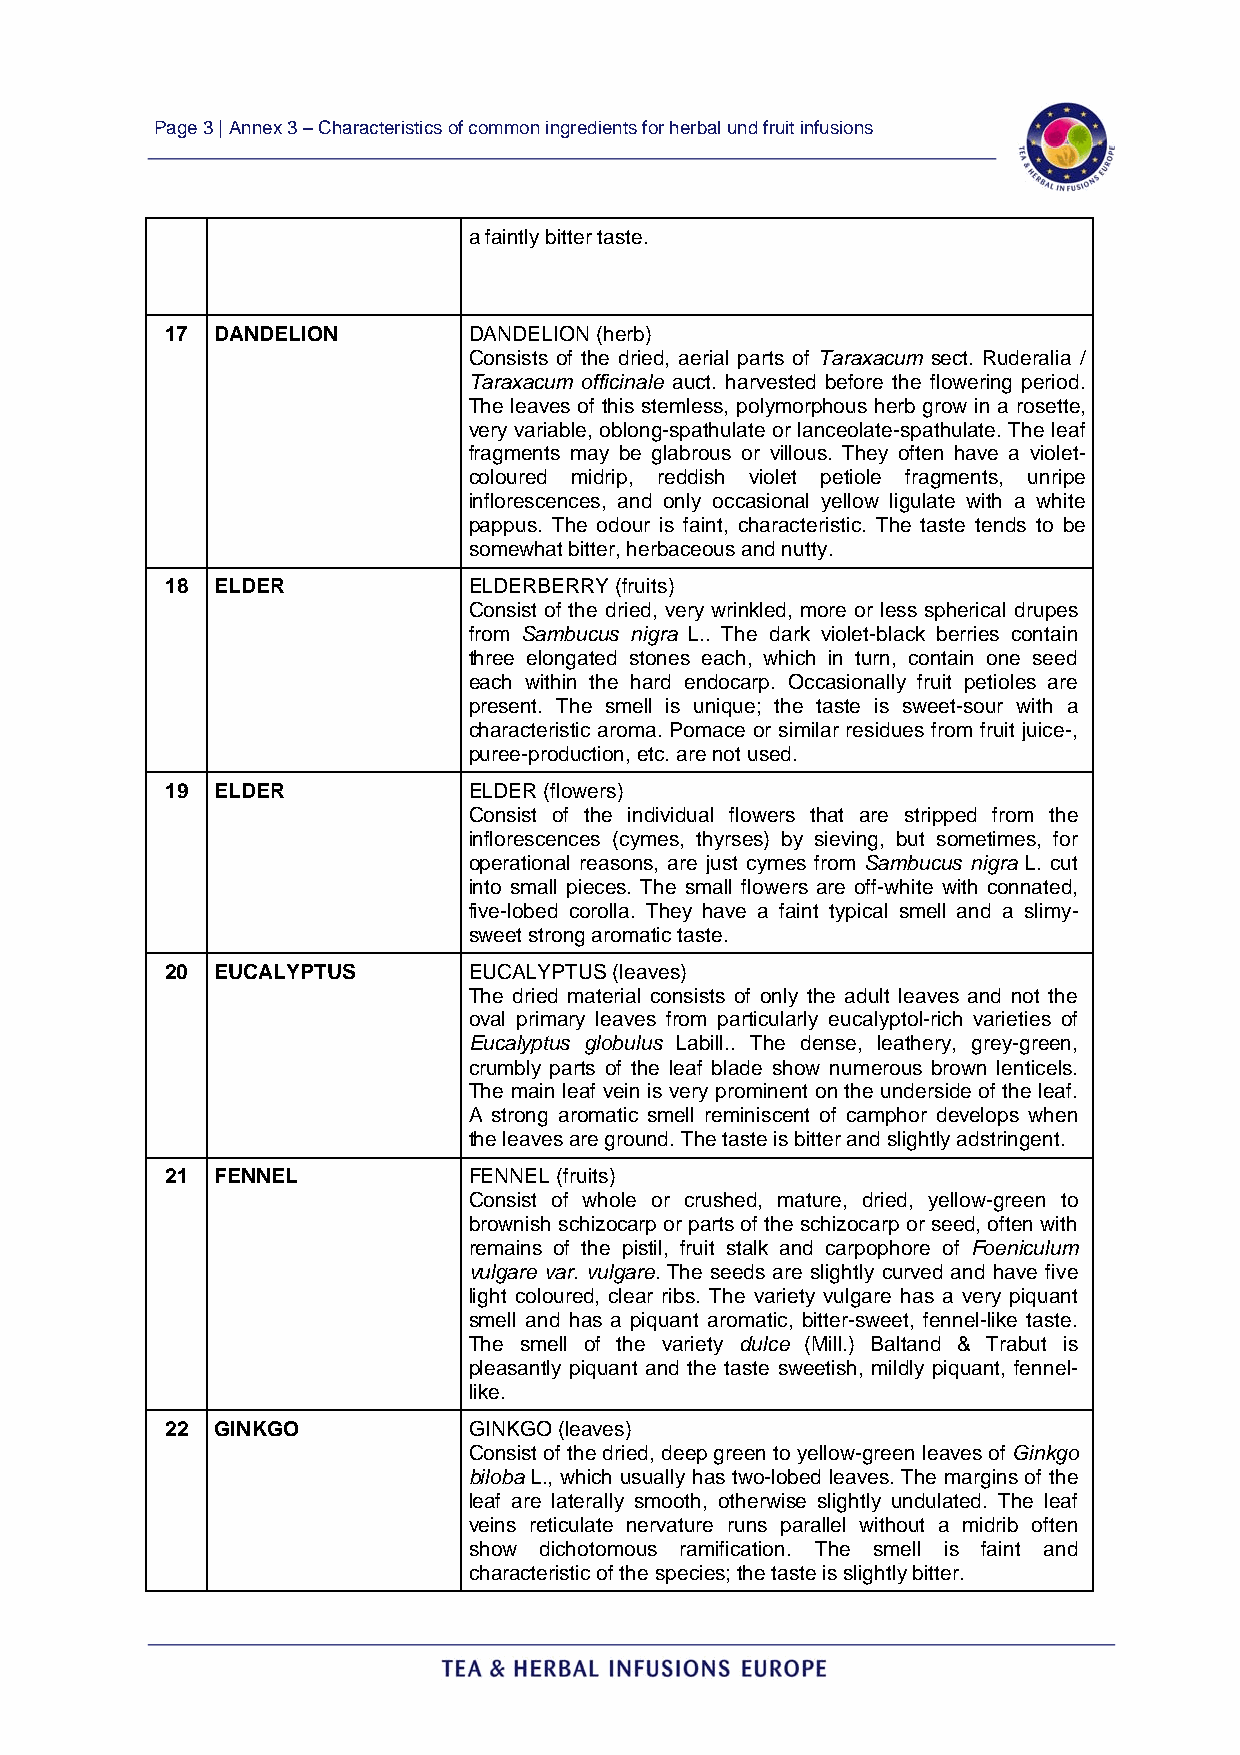
Page 3 | Annex 3 – Characteristics of common ingredients for herbal und fruit infusions
 a faintly bitter taste.
 17 DANDELION        DANDELION (herb)
 Consists of the dried, aerial parts of Taraxacum sect. Ruderalia /
 Taraxacum officinale auct. harvested before the flowering period.
 The leaves of this stemless, polymorphous herb grow in a rosette,
 very variable, oblong-spathulate or lanceolate-spathulate. The leaf
 fragments may be glabrous or villous. They often have a violet-
 coloured midrip, reddish violet petiole fragments, unripe
 inflorescences, and only occasional yellow ligulate with a white
 pappus. The odour is faint, characteristic. The taste tends to be
 somewhat bitter, herbaceous and nutty.
 18 ELDER            ELDERBERRY (fruits)
 Consist of the dried, very wrinkled, more or less spherical drupes
 from Sambucus nigra L.. The dark violet-black berries contain
 three elongated stones each, which in turn, contain one seed
 each within the hard endocarp. Occasionally fruit petioles are
 present. The smell is unique; the taste is sweet-sour with a
 characteristic aroma. Pomace or similar residues from fruit juice-,
 puree-production, etc. are not used.
 19 ELDER            ELDER (flowers)
 Consist of the individual flowers that are stripped from the
 inflorescences (cymes, thyrses) by sieving, but sometimes, for
 operational reasons, are just cymes from Sambucus nigra L. cut
 into small pieces. The small flowers are off-white with connated,
 five-lobed corolla. They have a faint typical smell and a slimy-
 sweet strong aromatic taste.
 20 EUCALYPTUS       EUCALYPTUS (leaves)
 The dried material consists of only the adult leaves and not the
 oval primary leaves from particularly eucalyptol-rich varieties of
 Eucalyptus globulus Labill.. The dense, leathery, grey-green,
 crumbly parts of the leaf blade show numerous brown lenticels.
 The main leaf vein is very prominent on the underside of the leaf.
 A strong aromatic smell reminiscent of camphor develops when
 the leaves are ground. The taste is bitter and slightly adstringent.
 21 FENNEL           FENNEL (fruits)
 Consist of whole or crushed, mature, dried, yellow-green to
 brownish schizocarp or parts of the schizocarp or seed, often with
 remains of the pistil, fruit stalk and carpophore of Foeniculum
 vulgare var. vulgare. The seeds are slightly curved and have five
 light coloured, clear ribs. The variety vulgare has a very piquant
 smell and has a piquant aromatic, bitter-sweet, fennel-like taste.
 The smell of the variety dulce (Mill.) Baltand & Trabut is
 pleasantly piquant and the taste sweetish, mildly piquant, fennel-
 like.
 22 GINKGO           GINKGO (leaves)
 Consist of the dried, deep green to yellow-green leaves of Ginkgo
 biloba L., which usually has two-lobed leaves. The margins of the
 leaf are laterally smooth, otherwise slightly undulated. The leaf
 veins reticulate nervature runs parallel without a midrib often
 show dichotomous ramification. The smell is faint and
 characteristic of the species; the taste is slightly bitter.